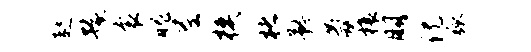
趑豫衮魄尼模楮矜氤榱朋倪弧